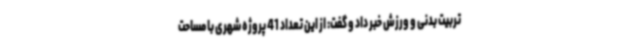
تربیت بدنی و ورزش خبر داد و گفت: از این تعداد 41 پروژه شهری با مساحت